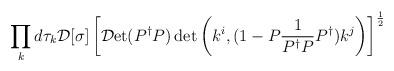
LaTeX: \begin{align*}\displaystyle\prod_{k} d\tau_{k} {\cal D}[\sigma] \left[ {\cal D}\mbox{et} ( P^{\dag} P ) \det \left( k^{i}, ( 1 - P \frac{1}{P^{\dag} P} P^{\dag}) k^{j} \right) \right]^{\frac{1}{2}} \end{align*}